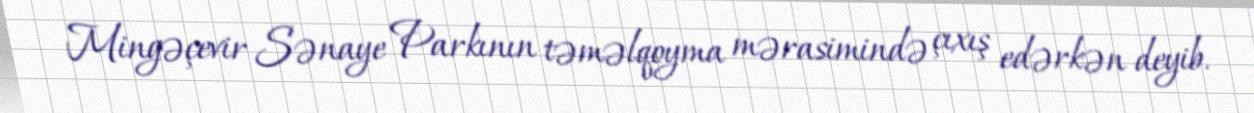
Mingəçevir Sənaye Parkının təməlqoyma mərasimində çıxış edərkən deyib.